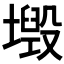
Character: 𡒂